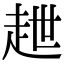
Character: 𧺿